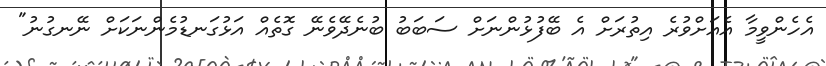
އެހެންވީމާ އެއަށްވުރެ އިތުރަށް އެ ބޭފުޅުންނަށް ސަބަބު ބުނެދޭވެނޭ ގޮތެއް އަޅުގަނޑުމެންނަކަށް ނޭނގުނު"